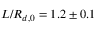
L / R _ { d , 0 } = 1 . 2 \pm 0 . 1